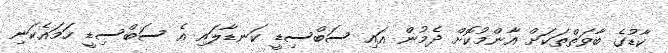
ކާޑުގެ ބާވަތްތަކަށް އާންމުކޮށް ދެމުން އައި ސަބްސިޑީ ކަނޑާލައި އެ ސަބްސިޑީ ހަމައެކަނި